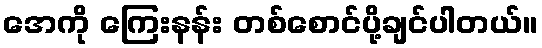
အေကို ကြေးနန်း တစ်စောင်ပို့ချင်ပါတယ်။